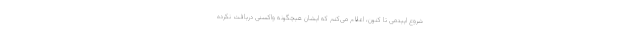
شروع اپیدمی تا کنون، اعلام می‌کنم که ایشان هیچگونه واکسنی دریافت نکرده